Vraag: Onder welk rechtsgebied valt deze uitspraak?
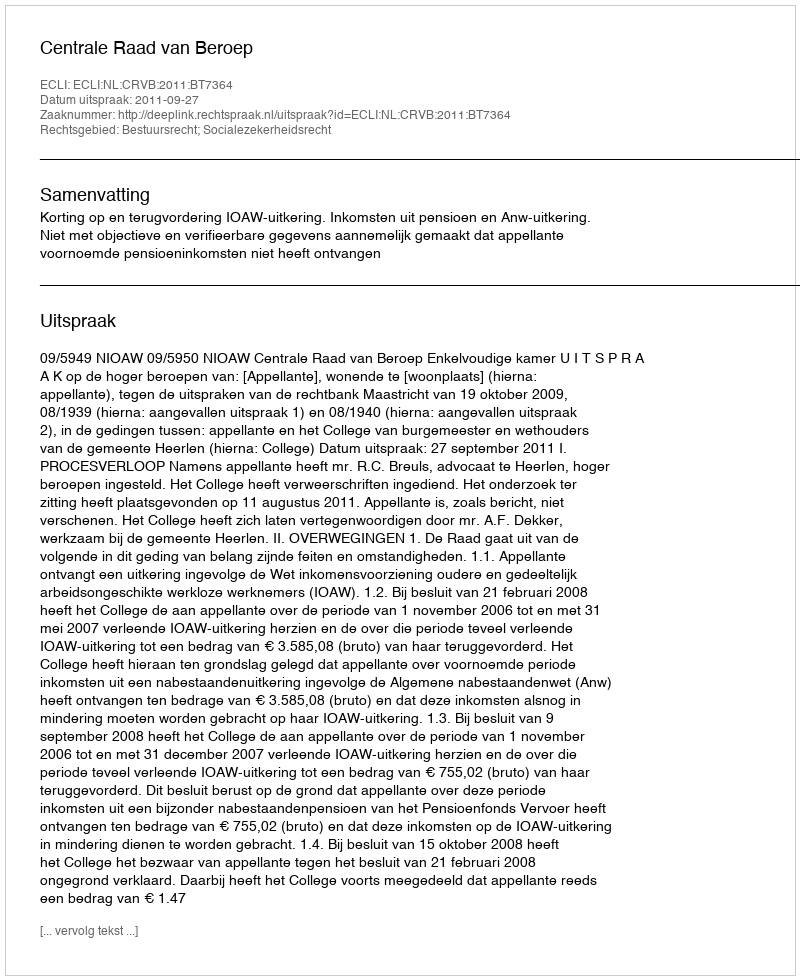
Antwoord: Bestuursrecht; Socialezekerheidsrecht